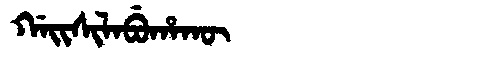
Manchu: ᡤᠠᡳᠰᡳᠯᠠᠪᡠᡥᠠᡴᡡ
Romanization: GAISILABUHAKŪ